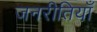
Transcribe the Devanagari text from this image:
जनरीतियाँ